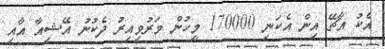
އެކު އާޗޭ އިން އެކަނި 170000 މީހުން މަރުވިއިރު ދެކުނު އޭޝިއާ އާއި